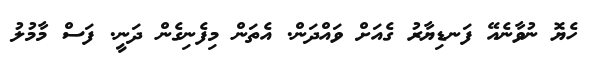
ހެޔޮ ނުވާނެއޭ ފަނޑިޔާރު ގެއަށް ވައްދަން. އެތަން މިފެނިގެން ދަނީ. ފަސް މާމުލު